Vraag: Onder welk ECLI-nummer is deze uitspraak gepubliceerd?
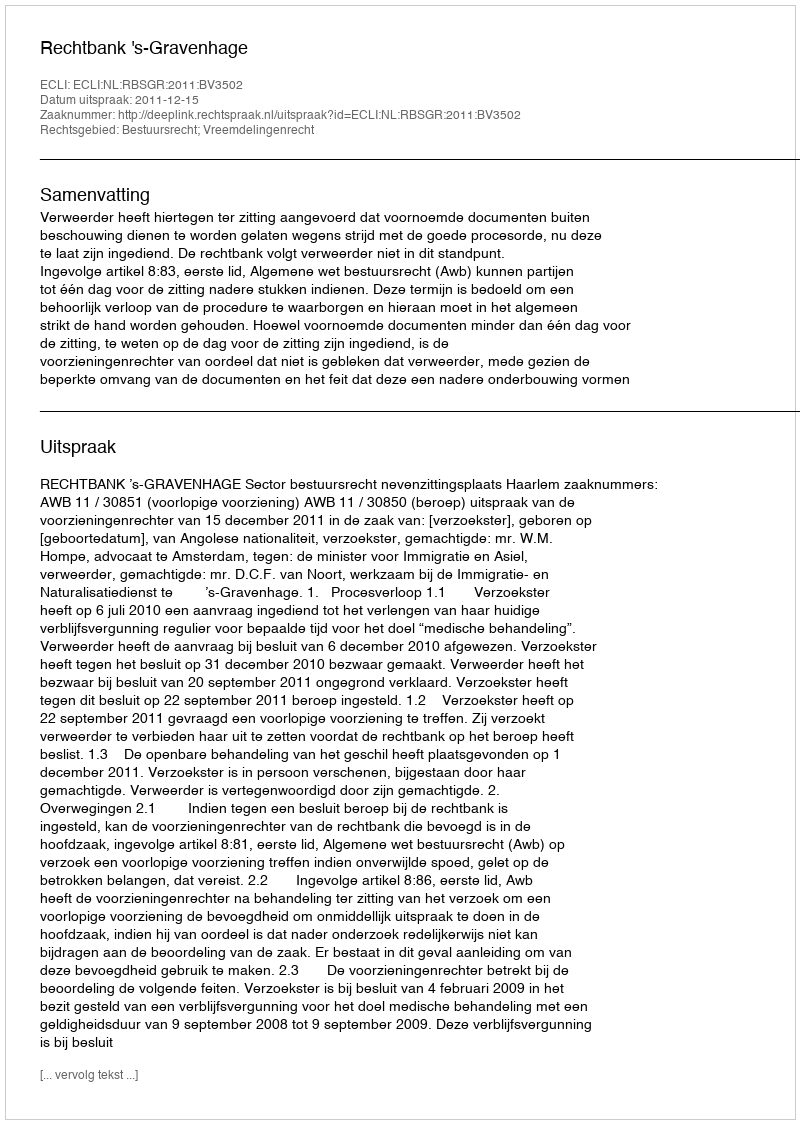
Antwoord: ECLI:NL:RBSGR:2011:BV3502